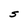
Character: S